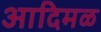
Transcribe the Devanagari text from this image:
आदिमळ